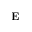
{ \bf E }